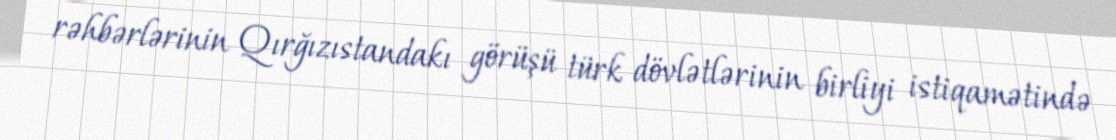
rəhbərlərinin Qırğızıstandakı görüşü türk dövlətlərinin birliyi istiqamətində